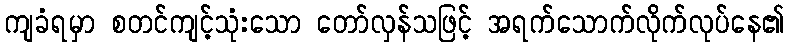
ကျခံရမှာ စတင်ကျင့်သုံးသော တော်လှန်သဖြင့် အရက်သောက်လိုက်လုပ်နေ၏